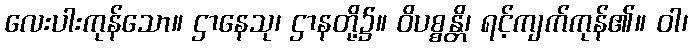
လေးပါးကုန်သော။ ဌာနေသု၊ ဌာနတို့၌။ ဝိပစ္စန္တိ၊ ရင့်ကျက်ကုန်၏။ ဝါ၊